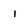
Character: i